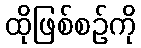
ထိုဖြစ်စဉ်ကို